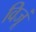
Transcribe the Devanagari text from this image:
विजूं